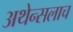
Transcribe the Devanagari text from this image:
अथेन्सलाच